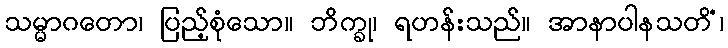
သမ္မာဂတော၊ ပြည့်စုံသော။ ဘိက္ခု၊ ရဟန်းသည်။ အာနာပါနသတိံ၊